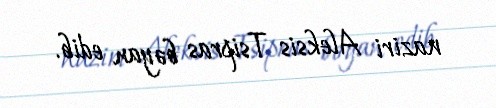
naziri Aleksis Tsipras bəyan edib.